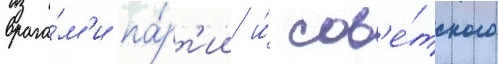
врага́м'и па́рт'ии и́ сов'е́тского